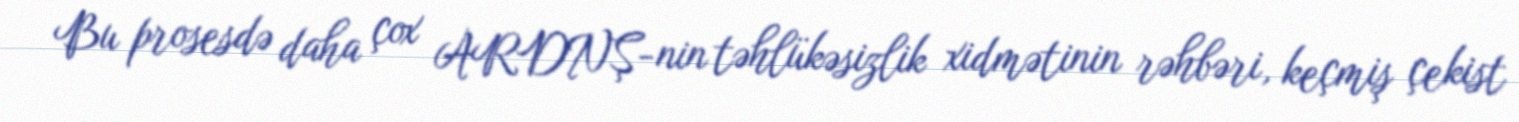
Bu prosesdə daha çox ARDNŞ-nin təhlükəsizlik xidmətinin rəhbəri, keçmiş çekist